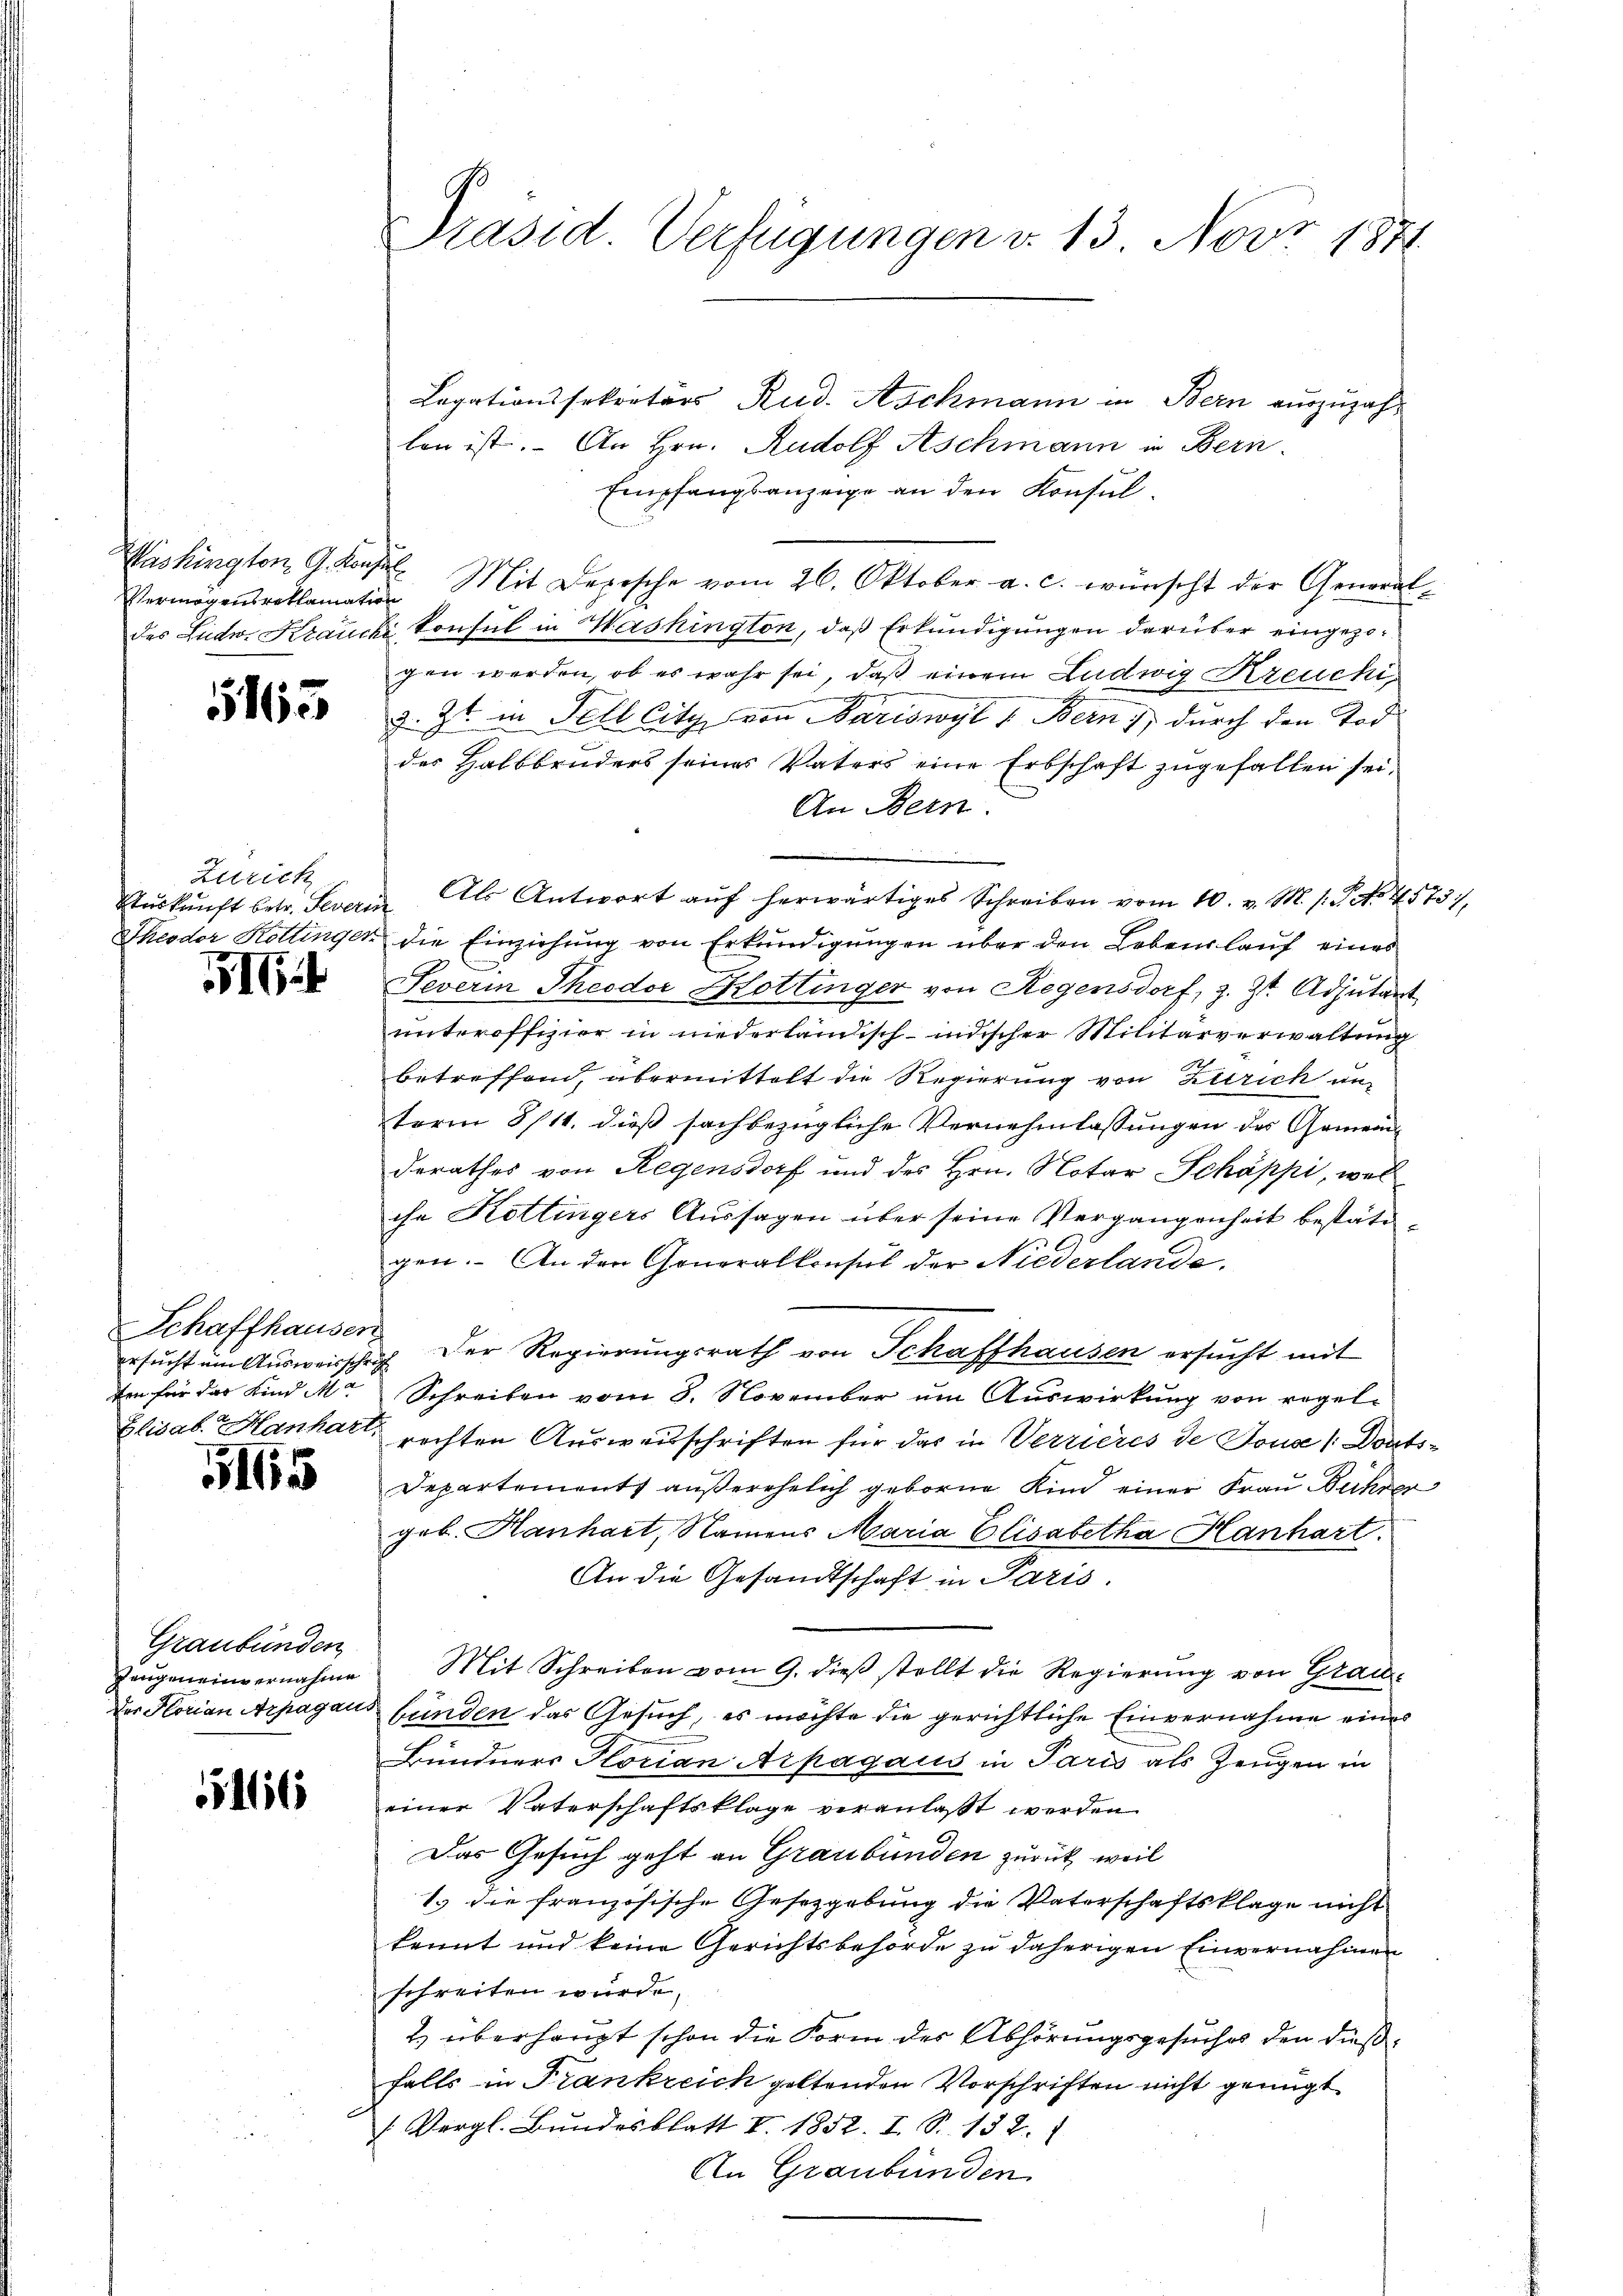
Aushington G. Konsul

155

Zürich

1

Schaffhausen
ersucht um Ausweissche
ten für das Kind f

5165

Graubünden
Dengeneinvernahme
Der Horian Arpagan

5166

Präsid. Verfügungen v. 13. Nov. 1871

Legationssekretärs Rud. Aschmann in Bern auszuzahlen ist. An Hrn. Rudolf Aschmann in Bern
Empfangsanzeige an den Konsul¬
Vermögensroklamation Mit Depesche vom 26. Oktober a. c. wünscht der General-
des Ludw. Krancke konsul in Washington, daß Erkundigungen darüber eingezogen werden, ob es wahr sei, daß einem Ludwig Kreucki,
z. Zt. in Fell City von Mariswyl 1 Bern 1) durch den Tod
des Halbbruders seines Vaters eine Erbschaft zŭgefallen sei.
An Bern.
Aŭskŭnft betr. Severin. Als Antwort aŭf herwärtiges Schreiben vom 10. v. M. s. S. No. 4573),
Theodor Kottinger die Einziehung von Erkundigungen über den Lebenslauf eines
Severin Theodor Hottinger von Regensdorf, z. Zt. Adjutant
unteroffizier in niederländisch-indischer Militärverwaltung
.
betreffend, übermittelt die Regierung von Zürich un
term 8/11. dieß sachbezügliche Vernehmlassungen des Gemeind
derathes von Regensdorf und des Hrn. Notar Schäppi, wel
che Kottingers Aussagen über seine Vergangenheit bestätigen. An den Generalkonsul der Niederlande
Der Regierungsrath von Schaffhausen ersucht mit
i
Schreiben vom 8. November um Auswirkung von regel¬
Elisab. Hanhart rechten Ausweisschriften für das in Verrieres de Jonae (Donts¬
Departements außerehelich geborne Kind einer Frau Bühner
geb. Hanhart, Namens Maria Elisabetha Hanhart.
An die Gesandtschaft in Paris.
Mit Schreiben vom 9. dieß stellt die Regierung von Graubunden das Gesuch, es möchte die gerichtliche Einvernahme eines
Bündners Horian Arpagaus in Paris als Zeugen in
einer Vaterschaftsklage veranlaßt werden
Das Gesuch geht an Graubünden zurück, weil
1. die französische Gesetzgebung die Vaterschaftsklage nicht
kannt und keine Gerichtsbehörde zu daherigen Einvernahmen
schreiten wurde,
2) überhaupt schon die Form der Abhörungsgesuches den dießfalls in Frankreich geltenden Vorschriften nicht genügt
 Vergl. Bundesblatt I. 1852. I S. 132.
An Graubünden